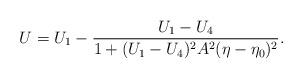
LaTeX: \begin{align*}U=U_1-\frac{U_1-U_4}{1+(U_1-U_4)^2A^2(\eta-\eta_0)^2}.\end{align*}